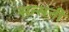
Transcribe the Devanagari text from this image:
सन्सनी